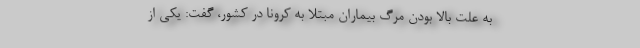
به علت بالا بودن مرگ‌ بیماران مبتلا به کرونا در کشور، گفت: یکی از